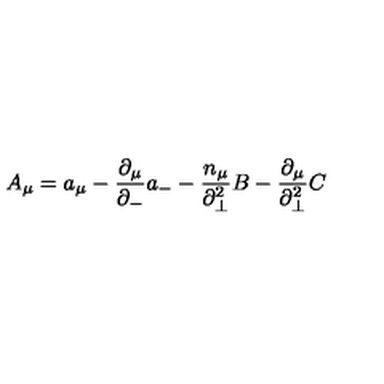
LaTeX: A _ { \mu } = a _ { \mu } - \frac { { \partial } _ { \mu } } { { \partial } _ { - } } a _ { - } - \frac { n _ { \mu } } { { \partial } _ { \bot } ^ { 2 } } B - \frac { { \partial } _ { \mu } } { { \partial } _ { \bot } ^ { 2 } } C